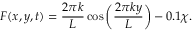
F ( x , y , t ) = \frac { 2 \pi k } { L } \cos { \bigg ( \frac { 2 \pi k y } { L } \bigg ) } - 0 . 1 \chi .